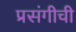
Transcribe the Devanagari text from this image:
प्रसंगीची